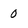
Character: 0